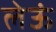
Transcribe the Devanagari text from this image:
लेऊं